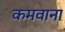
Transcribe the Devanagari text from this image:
कमवाना